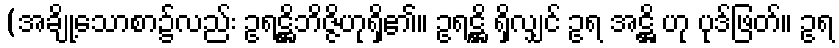
(အချို့သောစာ၌လည်း ဥရဋ္ဌိဘိဇ္ဇိဟုရှိ၏။ ဥရဋ္ဌိ ရှိလျှင် ဥရ အဋ္ဌိ ဟု ပုဒ်ဖြတ်။ ဥရ